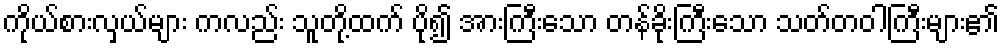
ကိုယ်စားလှယ်များ ကလည်း သူတို့ထက် ပို၍ အားကြီးသော တန်ခိုးကြီးသော သတ်တဝါကြီးများ၏